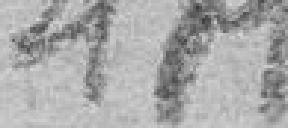
471